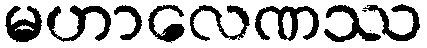
မဟာလေဏဿ